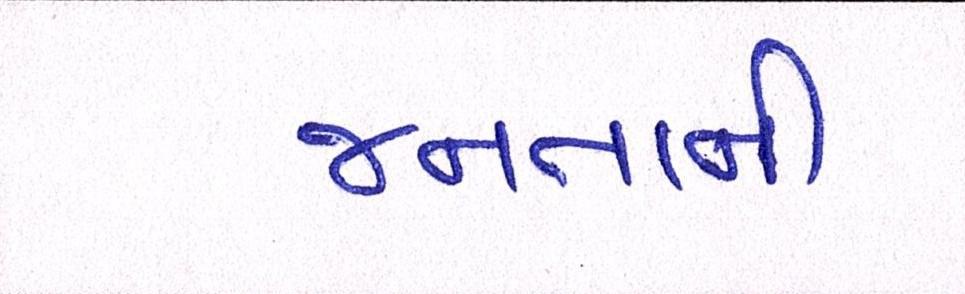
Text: જનતાની